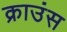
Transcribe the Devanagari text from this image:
क्राउंस